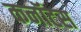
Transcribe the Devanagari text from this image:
कनॉटस